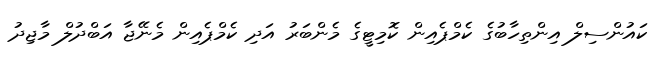
ކައުންސިލް އިންތިހާބުގެ ކެމްޕެއިން ކޮމިޓީގެ މެންބަރު އަދި ކެމްޕެއިން މެނޭޖާ އަބްދުލް މާޖިދު